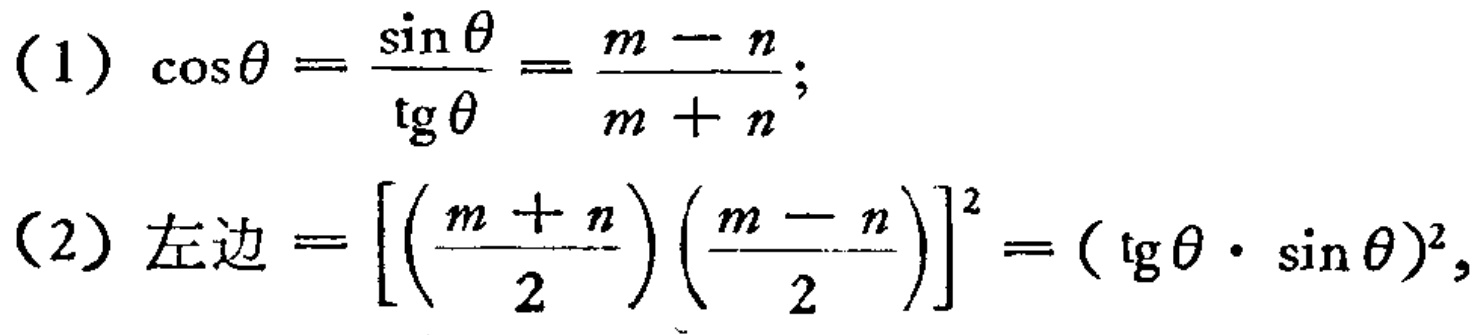
(1) \(\cos\theta=\frac{\sin\theta}{\tg\theta}=\frac{m - n}{m + n}\);

(2) 左边\(=\left[\left(\frac{m + n}{2}\right)\left(\frac{m - n}{2}\right)\right]^2=(\tg\theta\cdot\sin\theta)^2\)